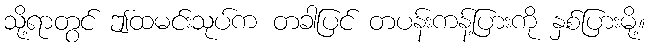
သို့ရာတွင် ဤထမင်းသုပ်က တခါပြင် တပန်းကန့်ပြားကို နှစ်ပြားမို့။